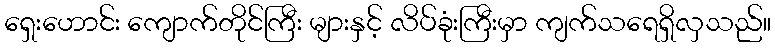
ရှေးဟောင်း ကျောက်တိုင်ကြီး များနှင့် လိပ်ခုံးကြီးမှာ ကျက်သရေရှိလှသည်။